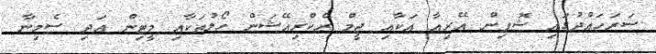
ސަރަހައްދުގައި ޝޮޕިން އޭރިއާ އަކާއި ޖީމް ރެކްރިއޭޝަން ހޯލުތަކާއި މީޓިން އަދި ސެމިނާ